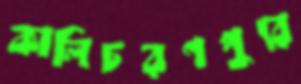
কালিচরণপুরে